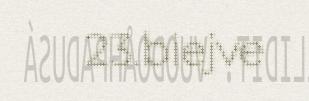
23.biejve